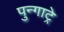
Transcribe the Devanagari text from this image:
पुन्गाट्रे